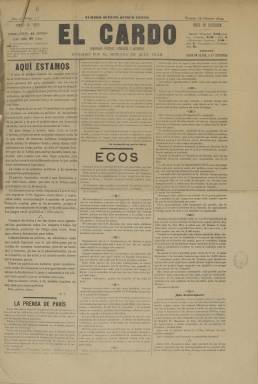
Título: El Cardo (Madrid)
Colección: Revistas de información general
Ámbito geográfico: Madrid
Lugar de publicación: Madrid
Fechas: 16/02/1894-30/06/1903

Semanario político, literario y artístico fundado y dirigido por el marqués de Alta Villa, José Ramiro de la Puente y González Nandín, empresario y autor de un método de canto lírico publicado en 1905. Fue secretario personal de Isabel II en París, donde ésta vivió exiliada tras ser destronada en 1868, y en la capital francesa se movió por los círculos musicales más selectos y conoció de cerca estilos y repertorios, además de promover la música vocal española.

  Es necesario conocer un poco la biografía del fundador para comprender el cajón de sastre que es esta publicación, donde en sus escasas páginas se mezclan la política, la crónica de la alta sociedad y la música, sobre todo la ópera, dado que el marqués de Alta-Villa fue además maestro de canto.

  En el catálogo de periodistas españoles del siglo XIX escrito por Manuel Ossorio y Bernard, podemos leer también que José Ramiro de la Puente y González Nandín fue colaborador de distintos periódicos franceses y españoles e ingresó en 1901 en la Real Academia de Bellas Artes.

  En su primer número, bajo el título ‘Aquí Estamos’, el marqués de Alta-Villa firma con iniciales un artículo en el que se declara independiente en política: ‘Todos los partidos nos merecen igual consideración; todas las creencias nos son igualmente respetables; defenderemos lo justo y atacaremos sin piedad todo aquello que no merezca otra cosa’, afirma pomposamente, aunque su vínculo con la monarquía era evidente.

Como buen conocedor que era, en este primer número incluye un suelto dedicado al estreno de la última producción de Verdi en el Teatro Real en el que señala que, igual que ocurrió el año anterior con una obra de Wagner, es un espectáculo ‘muy caro para tenerlo durante tantos meses en Madrid, donde tenemos poco dinero, y afición al arte musical ninguna’.

   El semanario, con números que no pasaban de seis páginas al principio, incluía en la última lo que llamaba Aleluyas de El Cardo, que eran historietas a toda plana de contenido satírico político, con dibujos de Cilla, Pons, Rojas y otros maestros de la caricatura del momento. Esta curiosa sección antecedente del comic pasó a la penúltima página a medida que la publicación fue ganando publicidad para la última. Pero pasó a ser la primera página a partir del número de 31 de mayo de 1894, donde la aleluya se dedica al político Alberto Aguilera, que llegó a ser alcalde de Madrid.

  Las caricaturas debieron de ser lo más popular del semanario, de ahí que ocuparan en adelante toda la portada y que la historieta fuera dejando paso a otras composiciones, chistes, escenas costumbristas, comentarios ilustrados de actualidad, caricaturas de otros personajes aparte de políticos, etc., hasta llegar a ser sólo una figura o una escena la que protagonizara la página. En el número de 13 de agosto de 1897, por ejemplo, el semanario recrea con un dibujo el asesinato en el balneario de Santa Águeda del presidente del Gobierno, Antonio Cánovas del Castillo.

   Para entonces, la publicación había ido ganando páginas -llegará a tener 24- y ha pasado a incluir otras páginas con dibujos a plana entera, lo que le convierte prácticamente en un semanario ilustrado. El 8 de enero de 1902 cambia la portada para pasar a subtitularse: Literatura, Arte, Actualidades Políticas, Caza, Pesca, Sport, y comienza a incluir fotografías.

  En su último número de 30 de junio de 1903, la revista comunica su fusión con los periódicos Bilbao deportivo y Vida deportiva, éste último de Barcelona, con lo que pasará a llamarse Arte y Sport. En la despedida de El Cardo, el marqués de Alta Villa confiesa que en sus diez años de existencia ‘ni una demanda, ni una reclamación, ni el menor disgusto hemos sufrido’.

[Descripción publicada el 22/05/2020]